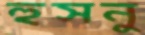
হুসনু